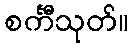
စင်္ကီသုတ်။